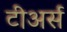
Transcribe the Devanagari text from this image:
टीअर्स